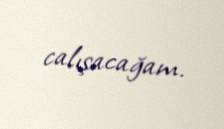
calışacağam.